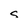
Character: S